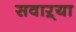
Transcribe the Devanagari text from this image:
सवाऱ्या